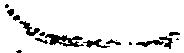
言